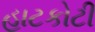
હાટકોટી